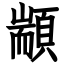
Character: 顓